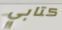
كتابي